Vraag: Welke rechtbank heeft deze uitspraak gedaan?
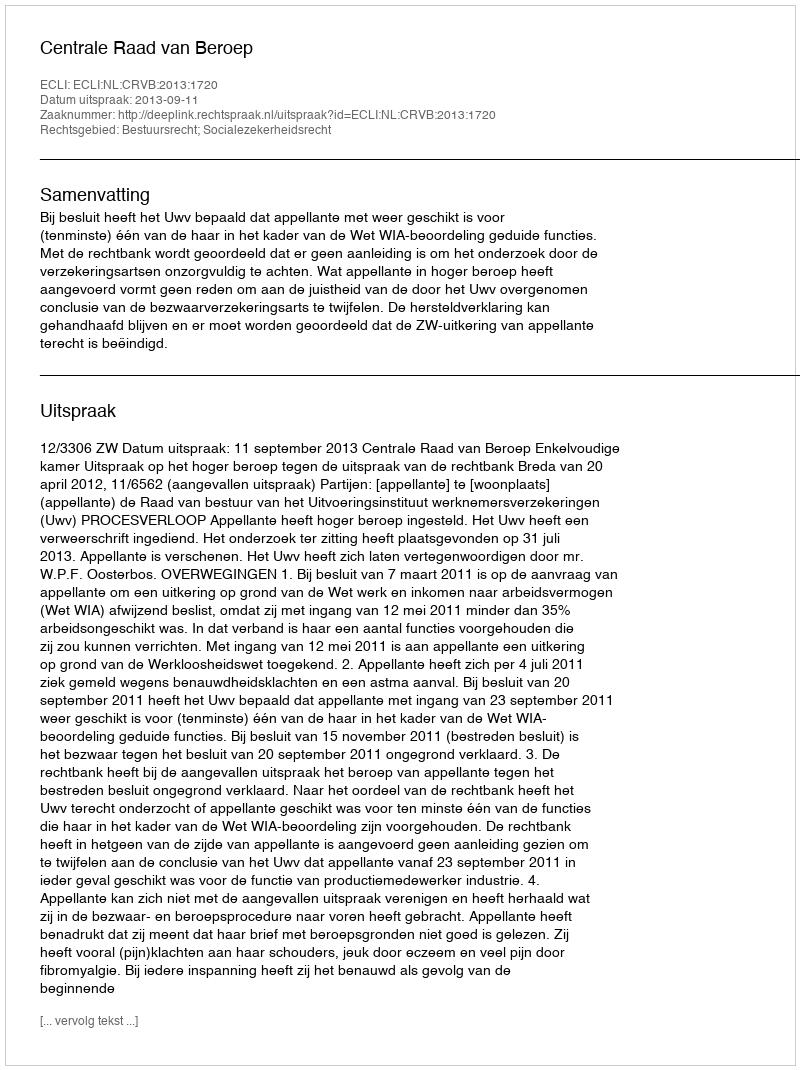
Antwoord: Centrale Raad van Beroep